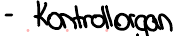
- Kontrollorgan